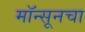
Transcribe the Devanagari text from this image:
मॉन्सूनचा